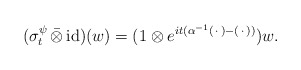
\begin{align*} (\sigma_t^\psi\,\bar{\otimes}\,\mathrm{id})(w) = (1\otimes e^{it(\alpha^{-1}(\,\cdot\,)-(\,\cdot\,))})w. \end{align*}